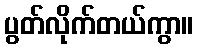
ပွတ်လိုက်တယ်ကွာ။